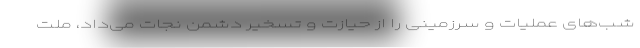
شب‌های عملیات و سرزمینی را از حیازت و تسخیر دشمن نجات می‌داد، ملت